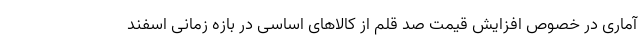
آماری در خصوص افزایش قیمت صد قلم از کالاهای اساسی در بازه زمانی اسفند